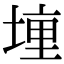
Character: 𫝟